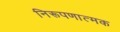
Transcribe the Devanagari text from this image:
निरूपणात्मक